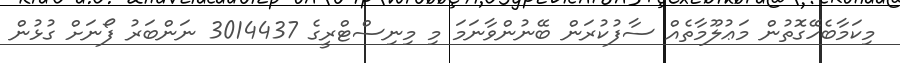
މިކަމާބެހޭގޮތުން މަޢުލޫމާތެއް ސާފުކުރަން ބޭނުންވާނަމަ މި މިނިސްޓްރީގެ 3014437 ނަންބަރު ފޯނަށް ގުޅުން